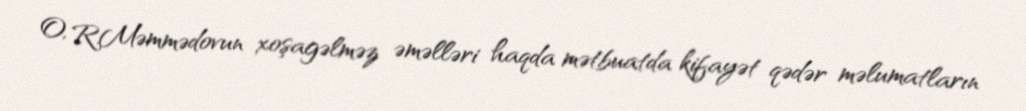
O, R.Məmmədovun xoşagəlməz əməlləri haqda mətbuatda kifayət qədər məlumatların